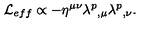
{ \cal L } _ { e f f } \propto - \eta ^ { \mu \nu } \lambda ^ { p } { } _ { , \mu } \lambda ^ { p } { } _ { , \nu } .